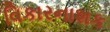
વિકારનાશક